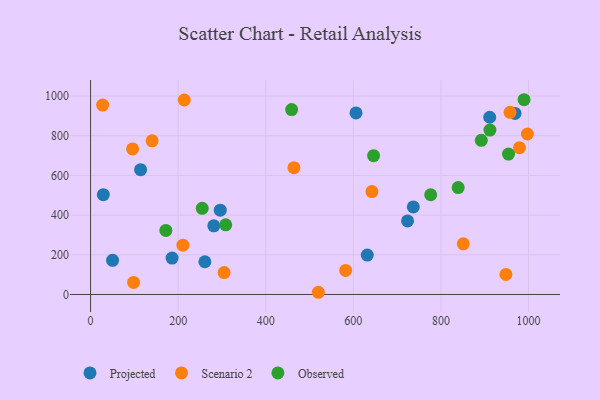
{"axis": {"x": "Study Hours", "y": "Yield"}, "legend": ["Observed", "Projected", "Scenario 2"], "data": [{"x": "186.1", "y": 183.2, "type": "Projected"}, {"x": "606.1", "y": 915.0, "type": "Projected"}, {"x": "114.2", "y": 628.9, "type": "Projected"}, {"x": "29.1", "y": 502.8, "type": "Projected"}, {"x": "723.8", "y": 370.8, "type": "Projected"}, {"x": "911.4", "y": 893.0, "type": "Projected"}, {"x": "50.2", "y": 171.9, "type": "Projected"}, {"x": "296.1", "y": 424.6, "type": "Projected"}, {"x": "631.8", "y": 198.4, "type": "Projected"}, {"x": "737.0", "y": 441.1, "type": "Projected"}, {"x": "969.2", "y": 912.4, "type": "Projected"}, {"x": "281.4", "y": 345.8, "type": "Projected"}, {"x": "261.0", "y": 164.9, "type": "Projected"}, {"x": "213.9", "y": 979.9, "type": "Scenario 2"}, {"x": "997.4", "y": 808.7, "type": "Scenario 2"}, {"x": "98.2", "y": 60.9, "type": "Scenario 2"}, {"x": "582.4", "y": 121.4, "type": "Scenario 2"}, {"x": "464.3", "y": 638.9, "type": "Scenario 2"}, {"x": "948.4", "y": 101.1, "type": "Scenario 2"}, {"x": "210.9", "y": 248.5, "type": "Scenario 2"}, {"x": "304.9", "y": 110.3, "type": "Scenario 2"}, {"x": "140.5", "y": 774.2, "type": "Scenario 2"}, {"x": "957.8", "y": 917.8, "type": "Scenario 2"}, {"x": "979.4", "y": 739.8, "type": "Scenario 2"}, {"x": "851.0", "y": 255.0, "type": "Scenario 2"}, {"x": "27.5", "y": 954.2, "type": "Scenario 2"}, {"x": "642.4", "y": 518.8, "type": "Scenario 2"}, {"x": "520.0", "y": 11.1, "type": "Scenario 2"}, {"x": "95.9", "y": 733.6, "type": "Scenario 2"}, {"x": "171.9", "y": 322.7, "type": "Observed"}, {"x": "254.9", "y": 434.2, "type": "Observed"}, {"x": "911.9", "y": 828.7, "type": "Observed"}, {"x": "646.2", "y": 699.6, "type": "Observed"}, {"x": "989.8", "y": 981.4, "type": "Observed"}, {"x": "954.3", "y": 707.6, "type": "Observed"}, {"x": "839.4", "y": 538.7, "type": "Observed"}, {"x": "308.6", "y": 350.9, "type": "Observed"}, {"x": "892.2", "y": 777.0, "type": "Observed"}, {"x": "776.6", "y": 502.6, "type": "Observed"}, {"x": "459.1", "y": 931.9, "type": "Observed"}]}